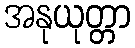
အနုယုတ္တာ